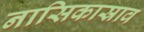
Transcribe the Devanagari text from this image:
नासिकास्राव